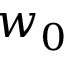
w _ { 0 }